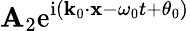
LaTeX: \mathbf{A}_{2}\mathrm{{e}}^{\mathrm{{i}}(\mathbf{{k}}_{0}\cdot\mathbf{{x}}-\omega_{0}t+\theta_{0})}